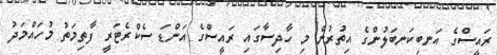
ރައީސްގެ އަނބިކަނބަލުންގެ އިތުރުން މި ހާދިސާގައި ރައީސްގެ އަންޑަ ސެކްރެޓަރީ ފާތިމަތު މުހައްމަދު